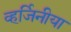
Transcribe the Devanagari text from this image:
व्हर्जिनीया